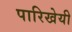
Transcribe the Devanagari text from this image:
पारिखेयी